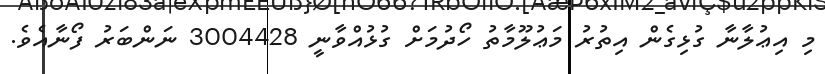
މި އިޢުލާނާ ގުޅިގެން އިތުރު މަޢުލޫމާތު ހޯދުމަށް ގުޅުއްވާނީ 3004428 ނަންބަރު ފޯނާއެވެ.